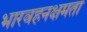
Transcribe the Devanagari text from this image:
भारवहनक्षमता